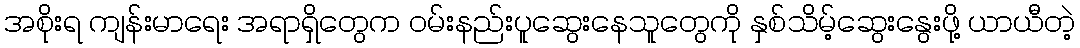
အစိုးရ ကျန်းမာရေး အရာရှိတွေက ဝမ်းနည်းပူဆွေးနေသူတွေကို နှစ်သိမ့်ဆွေးနွေးဖို့ ယာယီတဲ့